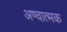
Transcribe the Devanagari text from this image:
अण्वात्मक